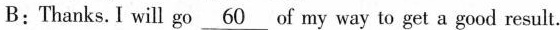
B:Thanks.I will go\underline{60} of my way to get a good result.